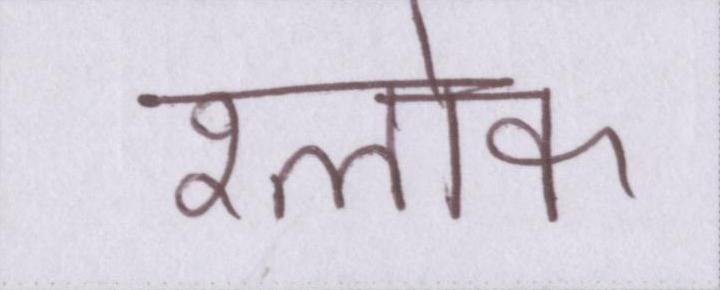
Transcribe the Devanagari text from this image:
श्लोक